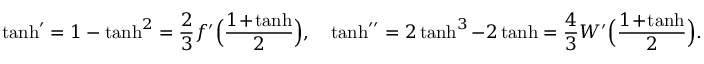
\operatorname { t a n h } ^ { \prime } = 1 - \operatorname { t a n h } ^ { 2 } = \frac 2 3 f ^ { \prime } \Big ( \frac { 1 \! + \! \operatorname { t a n h } } 2 \Big ) , \quad \operatorname { t a n h } ^ { \prime \prime } = 2 \operatorname { t a n h } ^ { 3 } - 2 \operatorname { t a n h } = \frac 4 3 W ^ { \prime } \Big ( \frac { 1 \! + \! \operatorname { t a n h } } 2 \Big ) .